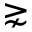
\gnsim